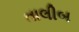
તાલીબ